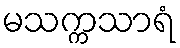
မသက္ကသာရံ